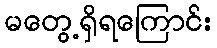
မတွေ့ရှိရကြောင်း